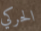
الحركي